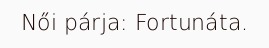
Női párja: Fortunáta.